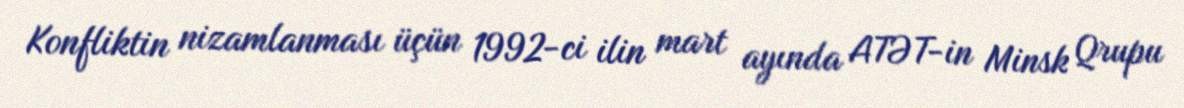
Konfliktin nizamlanması üçün 1992-ci ilin mart ayında ATƏT-in Minsk Qrupu